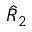
\hat { R } _ { 2 }